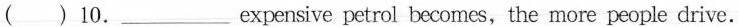
( )10.___ expensive petrol becomes,the more people drive.